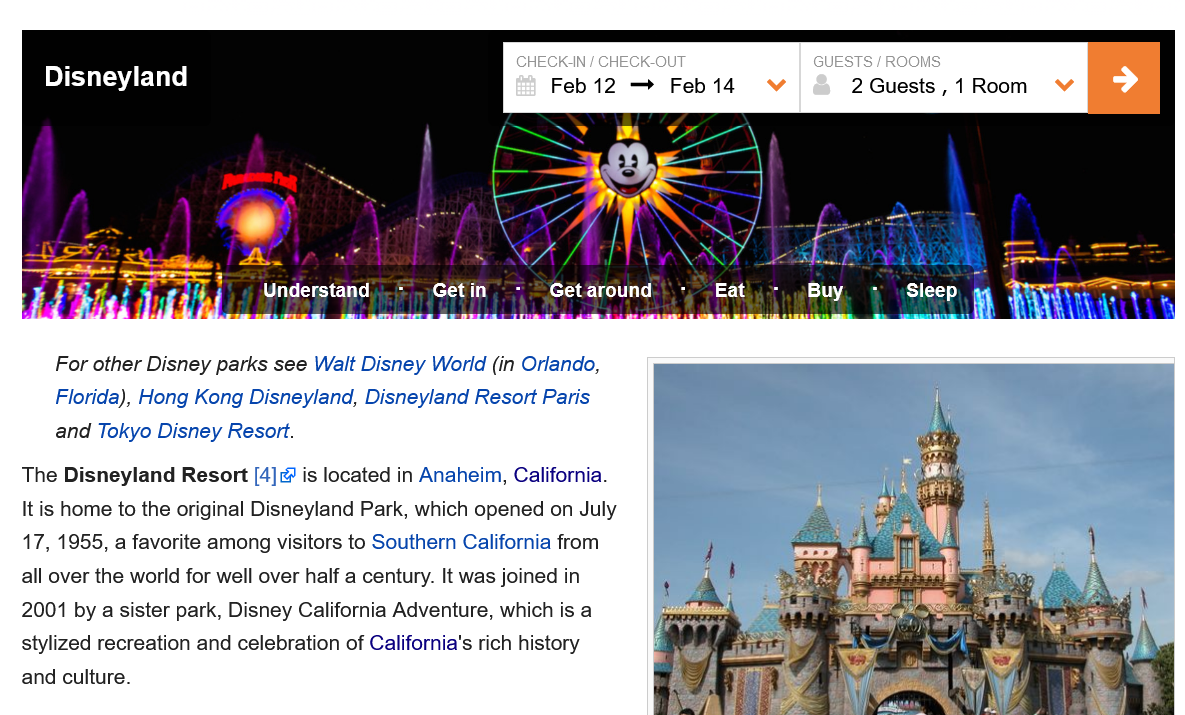
Disneyland
     IECKAN
     /
     CHECK-OUT
     Feb12   —   Feb  14
     GUESTS
     /
     ROOMS
     2 Guests
     ,
     1 Room
     Understand.    Get in    Get around    Eat    Buy    Sleep,
     For other Disney parks see Walt Disney World (in Orlando,
     Florida), Hong Kong Disneyland, Disneyland Resort Paris
     and  Tokyo Disney Resort.
   The Disneyland  Resort  [4] is located in Anaheim, California.
   It is home to the original Disneyland Park, which opened on July
   17, 1955, a favorite among visitors to Southern California from
   all over the world for well over half a century. It was joined in
   2001 by a sister park, Disney California Adventure, which is a
   stylized recreation and celebration of California's rich history
   and culture.